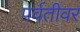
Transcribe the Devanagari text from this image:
पर्वतीवर